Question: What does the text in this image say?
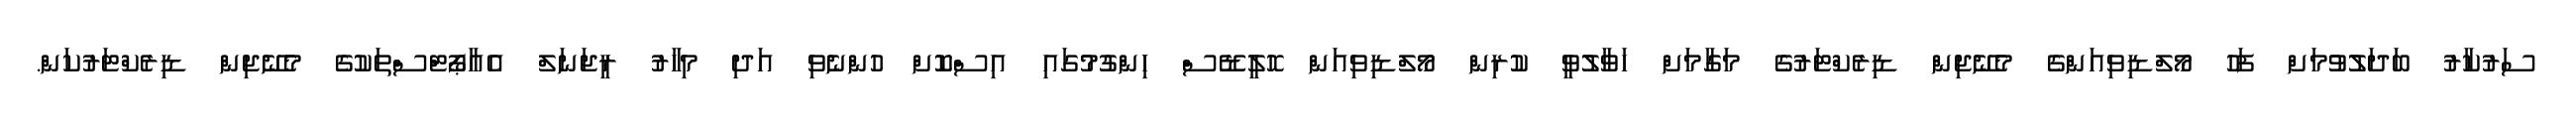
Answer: ސަރުކާރު ބަދަލުވުމަށް ފަހު މޯލްޑިވިއަންގެ މެނޭޖިން ޑިރެކްޓަރުގެ މަގާމަށް ހަވާލުވީ ކުރިން މޯލްޑިވިއަން ހޮލީޑޭސް ހިންގުމުގައި އިސްކޮށް ހުންނެވި އަދި މިހާރު ރީޖަނަލް އެއާޕޯޓްސްތަކުގެ މެނޭޖިން ޑިރެކްޓަރުކަން.